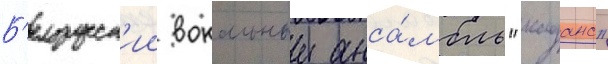
Б'елорусск'ии вокальныи анса́мбль "каданс"